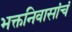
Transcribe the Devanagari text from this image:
भक्तनिवासांचं